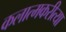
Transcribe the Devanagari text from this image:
कलात्मकरीत्या